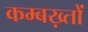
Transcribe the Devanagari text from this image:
कम्बख़्तों